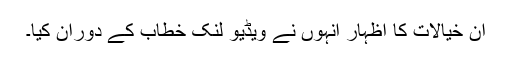
ان خیالات کا اظہار انہوں نے ویڈیو لنک خطاب کے دوران کیا۔